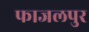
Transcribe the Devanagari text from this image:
फाजलपुर